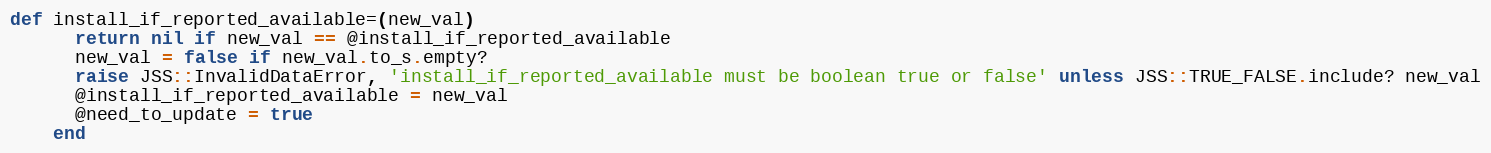
Language: Ruby
def install_if_reported_available=(new_val)
      return nil if new_val == @install_if_reported_available
      new_val = false if new_val.to_s.empty?
      raise JSS::InvalidDataError, 'install_if_reported_available must be boolean true or false' unless JSS::TRUE_FALSE.include? new_val
      @install_if_reported_available = new_val
      @need_to_update = true
    end